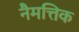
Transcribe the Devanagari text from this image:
नैमत्तिक